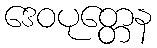
ဒေဝပုတ္တေန